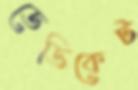
ডেডিকেট